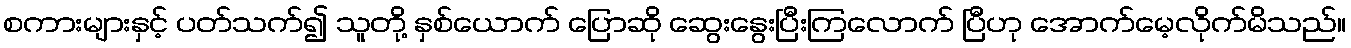
စကားများနှင့် ပတ်သက်၍ သူတို့ နှစ်ယောက် ပြောဆို ဆွေးနွေးပြီးကြလောက် ပြီဟု အောက်မေ့လိုက်မိသည်။